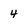
Character: 4